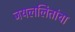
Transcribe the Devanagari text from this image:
जयललितांचा